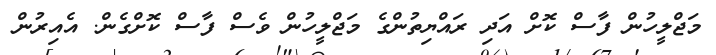
މަޖްލީހުން ފާސް ކޮށް އަދި ރައްޔިތުންގެ މަޖްލީހުން ވެސް ފާސް ކޮށްގެން. އެއިރުން